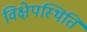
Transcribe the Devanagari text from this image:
विक्षेपस्थिति